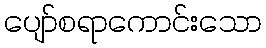
ပျော်စရာကောင်းသော